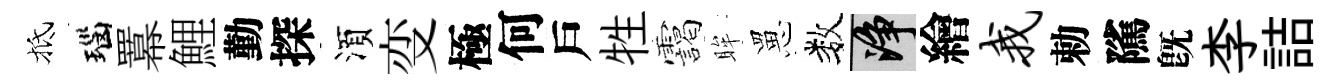
抵瑙羃鯉勤探湏变極何戶牲靄眸罳数净繪我勅隲旣李詰